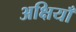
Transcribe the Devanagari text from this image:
अक्षियाँ